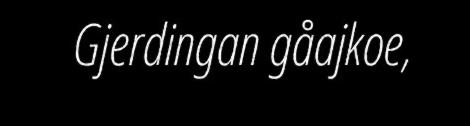
Gjerdingan gåajkoe,